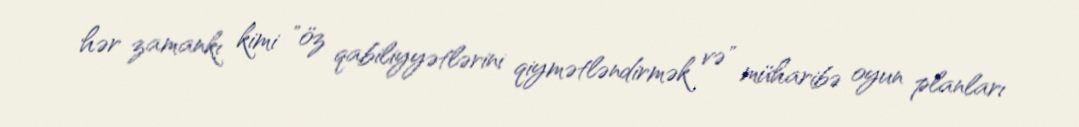
hər zamankı kimi "öz qabiliyyətlərini qiymətləndirmək və" müharibə oyun planları